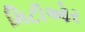
મિટીઓર